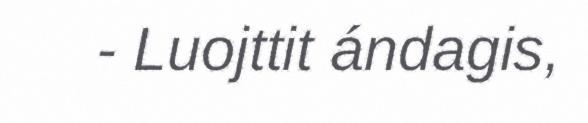
- Luojttit ándagis,